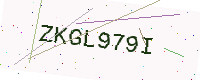
Text: ZKGL979I